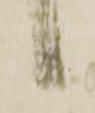
候